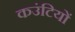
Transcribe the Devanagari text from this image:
कउंटियों